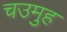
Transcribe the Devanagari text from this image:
चउमुह